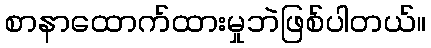
စာနာထောက်ထားမှုဘဲဖြစ်ပါတယ်။